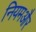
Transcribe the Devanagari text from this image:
नियमऔर